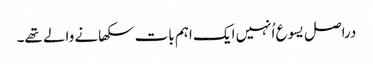
‏ دراصل یسوع اُنہیں ایک اہم بات سکھانے والے تھے۔